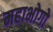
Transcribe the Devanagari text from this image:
महाभोगो